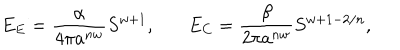
E _ { E } = { \frac { \alpha } { 4 \pi a ^ { n w } } } S ^ { w + 1 } , \ \ \ E _ { C } = { \frac { \beta } { 2 \pi a ^ { n w } } } S ^ { w + 1 - 2 / n } ,